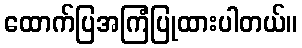
ထောက်ပြအကြံပြုထားပါတယ်။